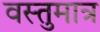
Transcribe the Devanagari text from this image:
वस्तुमात्र